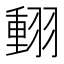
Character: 𦑝